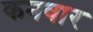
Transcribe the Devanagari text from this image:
कनवार